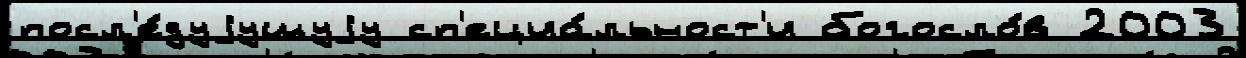
посл'е́дуjущуjу сп'ециа́льност'и богосло́в 2003